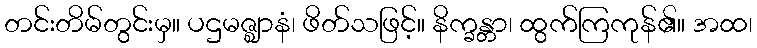
တင်းတိမ်တွင်းမှ။ ပဌမဇ္ဈာနံ၊ ဖိတ်သဖြင့်။ နိက္ခန္တာ၊ ထွက်ကြကုန်၏။ အထ၊